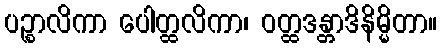
ပဉ္စာလိကာ ပေါတ္ထလိကာ၊ ဝတ္ထဒန္တာဒိနိမ္မိတာ။